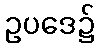
ဥပဒေ၌